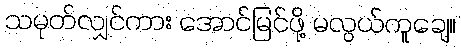
သမုတ်လျှင်ကား အောင်မြင်ဖို့ မလွယ်ကူချေ။